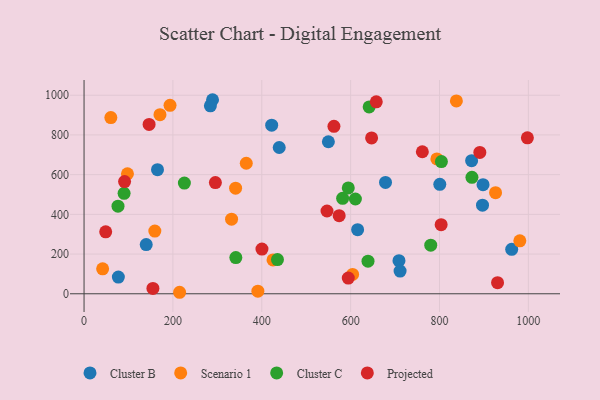
{"axis": {"x": "Investment", "y": "Rating"}, "legend": ["Cluster B", "Cluster C", "Projected", "Scenario 1"], "data": [{"x": "77.2", "y": 84.0, "type": "Cluster B"}, {"x": "289.2", "y": 977.3, "type": "Cluster B"}, {"x": "708.8", "y": 166.7, "type": "Cluster B"}, {"x": "678.5", "y": 560.7, "type": "Cluster B"}, {"x": "896.8", "y": 446.3, "type": "Cluster B"}, {"x": "284.3", "y": 946.4, "type": "Cluster B"}, {"x": "800.7", "y": 551.0, "type": "Cluster B"}, {"x": "422.3", "y": 849.0, "type": "Cluster B"}, {"x": "139.9", "y": 247.6, "type": "Cluster B"}, {"x": "615.7", "y": 323.1, "type": "Cluster B"}, {"x": "872.3", "y": 670.3, "type": "Cluster B"}, {"x": "549.9", "y": 765.6, "type": "Cluster B"}, {"x": "165.3", "y": 625.1, "type": "Cluster B"}, {"x": "711.3", "y": 114.5, "type": "Cluster B"}, {"x": "962.5", "y": 224.1, "type": "Cluster B"}, {"x": "439.3", "y": 736.7, "type": "Cluster B"}, {"x": "898.0", "y": 549.5, "type": "Cluster B"}, {"x": "926.2", "y": 509.4, "type": "Scenario 1"}, {"x": "60.3", "y": 887.3, "type": "Scenario 1"}, {"x": "838.0", "y": 971.1, "type": "Scenario 1"}, {"x": "980.8", "y": 266.9, "type": "Scenario 1"}, {"x": "341.1", "y": 532.0, "type": "Scenario 1"}, {"x": "604.4", "y": 97.5, "type": "Scenario 1"}, {"x": "332.0", "y": 375.6, "type": "Scenario 1"}, {"x": "425.3", "y": 170.6, "type": "Scenario 1"}, {"x": "365.1", "y": 657.5, "type": "Scenario 1"}, {"x": "41.8", "y": 125.8, "type": "Scenario 1"}, {"x": "193.5", "y": 949.0, "type": "Scenario 1"}, {"x": "391.2", "y": 12.9, "type": "Scenario 1"}, {"x": "97.7", "y": 604.5, "type": "Scenario 1"}, {"x": "215.0", "y": 7.6, "type": "Scenario 1"}, {"x": "170.9", "y": 901.9, "type": "Scenario 1"}, {"x": "159.3", "y": 315.9, "type": "Scenario 1"}, {"x": "794.1", "y": 679.0, "type": "Scenario 1"}, {"x": "873.0", "y": 586.4, "type": "Cluster C"}, {"x": "610.7", "y": 477.3, "type": "Cluster C"}, {"x": "641.7", "y": 941.1, "type": "Cluster C"}, {"x": "435.3", "y": 172.5, "type": "Cluster C"}, {"x": "639.1", "y": 164.1, "type": "Cluster C"}, {"x": "582.0", "y": 480.6, "type": "Cluster C"}, {"x": "90.1", "y": 506.0, "type": "Cluster C"}, {"x": "804.3", "y": 665.7, "type": "Cluster C"}, {"x": "594.7", "y": 533.2, "type": "Cluster C"}, {"x": "780.3", "y": 244.7, "type": "Cluster C"}, {"x": "341.6", "y": 182.3, "type": "Cluster C"}, {"x": "76.4", "y": 441.0, "type": "Cluster C"}, {"x": "225.8", "y": 557.3, "type": "Cluster C"}, {"x": "890.8", "y": 712.0, "type": "Projected"}, {"x": "48.7", "y": 311.9, "type": "Projected"}, {"x": "574.2", "y": 393.2, "type": "Projected"}, {"x": "400.4", "y": 225.3, "type": "Projected"}, {"x": "91.2", "y": 565.1, "type": "Projected"}, {"x": "155.0", "y": 27.0, "type": "Projected"}, {"x": "997.8", "y": 785.5, "type": "Projected"}, {"x": "146.4", "y": 852.9, "type": "Projected"}, {"x": "647.2", "y": 785.1, "type": "Projected"}, {"x": "594.7", "y": 79.1, "type": "Projected"}, {"x": "295.6", "y": 560.1, "type": "Projected"}, {"x": "562.4", "y": 843.2, "type": "Projected"}, {"x": "761.4", "y": 715.4, "type": "Projected"}, {"x": "930.7", "y": 55.7, "type": "Projected"}, {"x": "657.7", "y": 966.9, "type": "Projected"}, {"x": "546.8", "y": 416.8, "type": "Projected"}, {"x": "803.7", "y": 348.2, "type": "Projected"}]}